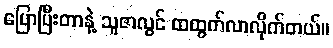
ပြောပြီးတာနဲ့ သူဇာလွင် ထထွက်လာလိုက်တယ်။